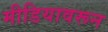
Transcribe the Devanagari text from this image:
मीडियावरून